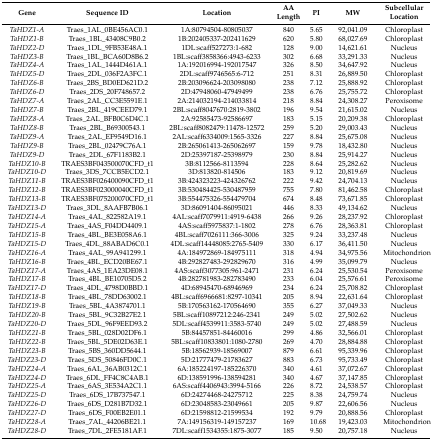
<table><thead><tr><td><b>Gene</b></td><td><b>Sequence ID</b></td><td><b>Location</b></td><td><b>AA Length</b></td><td><b>PI</b></td><td><b>MW</b></td><td><b>Subcellular Location</b></td></tr></thead><tbody><tr><td><i>TaHDZ1-A</i></td><td>Traes_1AL_0BE456AC0.1</td><td>1A:80794504-80805037</td><td>840</td><td>5.65</td><td>92,041.09</td><td>Chloroplast</td></tr><tr><td><i>TaHDZ1-B</i></td><td>Traes_1BL_43408C9B0.2</td><td>1B:202405337-202411629</td><td>620</td><td>5.80</td><td>68,027.69</td><td>Chloroplast</td></tr><tr><td><i>TaHDZ2-D</i></td><td>Traes_1DL_9FB53E48A.1</td><td>1DL:scaff527273:1-682</td><td>128</td><td>9.00</td><td>14,621.61</td><td>Nucleus</td></tr><tr><td><i>TaHDZ3-B</i></td><td>Traes_1BL_BCA60D8B6.2</td><td>1BL:scaff3858366:4943-6233</td><td>302</td><td>6.68</td><td>33,291.33</td><td>Nucleus</td></tr><tr><td><i>TaHDZ4-A</i></td><td>Traes_1AL_1444D461A.1</td><td>1A:192016994-192017547</td><td>326</td><td>8.50</td><td>34,647.92</td><td>Nucleus</td></tr><tr><td><i>TaHDZ5-D</i></td><td>Traes_2DL_036F2A3FC.1</td><td>2DL:scaff9746565:6-712</td><td>251</td><td>8.31</td><td>26,889.50</td><td>Chloroplast</td></tr><tr><td><i>TaHDZ6-B</i></td><td>Traes_2BS_BD0ED621D.2</td><td>2B:203096624-203098080</td><td>238</td><td>7.12</td><td>25,888.92</td><td>Chloroplast</td></tr><tr><td><i>TaHDZ6-D</i></td><td>Traes_2DS_20F748657.2</td><td>2D:47948060-47949499</td><td>238</td><td>6.76</td><td>25,755.72</td><td>Chloroplast</td></tr><tr><td><i>TaHDZ7-A</i></td><td>Traes_2AL_CC3E5591E.1</td><td>2A:214032194-214033814</td><td>218</td><td>8.84</td><td>24,308.27</td><td>Peroxisome</td></tr><tr><td><i>TaHDZ7-B</i></td><td>Traes_2BL_419CEED79.1</td><td>2BL:scaff8047670:2819-3802</td><td>196</td><td>9.54</td><td>21,615.02</td><td>Nucleus</td></tr><tr><td><i>TaHDZ8-A</i></td><td>Traes_2AL_BFB0C6D4C.1</td><td>2A:92585473-92586697</td><td>183</td><td>5.15</td><td>20,209.38</td><td>Chloroplast</td></tr><tr><td><i>TaHDZ8-B</i></td><td>Traes_2BL_B69300543.1</td><td>2BL:scaff8082479:11478-12572</td><td>259</td><td>5.20</td><td>29,003.43</td><td>Nucleus</td></tr><tr><td><i>TaHDZ9-A</i></td><td>Traes_2AL_EF9549D16.1</td><td>2AL:scaff6334009:1565-3326</td><td>227</td><td>8.84</td><td>25,675.08</td><td>Nucleus</td></tr><tr><td><i>TaHDZ9-B</i></td><td>Traes_2BL_02479C76A.1</td><td>2B:265061413-265062697</td><td>159</td><td>9.78</td><td>18,432.80</td><td>Nucleus</td></tr><tr><td><i>TaHDZ9-D</i></td><td>Traes_2DL_67F1183B2.1</td><td>2D:25397187-25398979</td><td>230</td><td>8.84</td><td>25,914.27</td><td>Nucleus</td></tr><tr><td><i>TaHDZ10-B</i></td><td>TRAES3BF043500070CFD_t1</td><td>3B:8112566-8113594</td><td>228</td><td>8.64</td><td>25,282.62</td><td>Nucleus</td></tr><tr><td><i>TaHDZ10-D</i></td><td>Traes_3DS_7CCB5ECD2.1</td><td>3D:813820-814506</td><td>183</td><td>9.12</td><td>20,819.69</td><td>Nucleus</td></tr><tr><td><i>TaHDZ11-B</i></td><td>TRAES3BF026400090CFD_t1</td><td>3B:424323223-424326762</td><td>222</td><td>9.42</td><td>24,704.13</td><td>Nucleus</td></tr><tr><td><i>TaHDZ12-B</i></td><td>TRAES3BF023000040CFD_t1</td><td>3B:530484425-530487959</td><td>755</td><td>7.80</td><td>81,462.58</td><td>Chloroplast</td></tr><tr><td><i>TaHDZ13-B</i></td><td>TRAES3BF075200070CFD_t1</td><td>3B:554475326-554479704</td><td>674</td><td>8.48</td><td>73,671.85</td><td>Chloroplast</td></tr><tr><td><i>TaHDZ13-D</i></td><td>Traes_3DL_8AAFB7B06.1</td><td>3D:86091404-86095021</td><td>446</td><td>8.33</td><td>49,134.62</td><td>Nucleus</td></tr><tr><td><i>TaHDZ14-A</i></td><td>Traes_4AL_822582A19.1</td><td>4AL:scaff7079911:4919-6438</td><td>266</td><td>9.26</td><td>28,237.92</td><td>Chloroplast</td></tr><tr><td><i>TaHDZ15-A</i></td><td>Traes_4AS_F04DD4409.1</td><td>4AS:scaff5975837:1-1802</td><td>278</td><td>6.76</td><td>28,363.81</td><td>Chloroplast</td></tr><tr><td><i>TaHDZ15-B</i></td><td>Traes_4BL_BE3E058A6.1</td><td>4BL:scaff7026111:366-3006</td><td>325</td><td>9.24</td><td>33,237.48</td><td>Nucleus</td></tr><tr><td><i>TaHDZ15-D</i></td><td>Traes_4DL_88ABAD6C0.1</td><td>4DL:scaff14448085:2765-5409</td><td>330</td><td>6.17</td><td>36,411.50</td><td>Nucleus</td></tr><tr><td><i>TaHDZ16-A</i></td><td>Traes_4AL_99A941299.1</td><td>4A:184972869-184975111</td><td>318</td><td>4.94</td><td>34,975.56</td><td>Mitochondrion</td></tr><tr><td><i>TaHDZ16-B</i></td><td>Traes_4BL_ECD20BE67.1</td><td>4B:292827483-292829670</td><td>316</td><td>4.99</td><td>35,099.79</td><td>Nucleus</td></tr><tr><td><i>TaHDZ17-A</i></td><td>Traes_4AS_1EA23DE08.1</td><td>4AS:scaff3077305:961-2471</td><td>231</td><td>6.24</td><td>25,530.54</td><td>Peroxisome</td></tr><tr><td><i>TaHDZ17-B</i></td><td>Traes_4BL_BE10705D5.2</td><td>4B:282781983-282783490</td><td>233</td><td>6.04</td><td>25,576.61</td><td>Peroxisome</td></tr><tr><td><i>TaHDZ17-D</i></td><td>Traes_4DL_4798D0BBD.1</td><td>4D:68945470-68946969</td><td>234</td><td>6.24</td><td>25,708.82</td><td>Chloroplast</td></tr><tr><td><i>TaHDZ18-B</i></td><td>Traes_4BL_78DD63002.1</td><td>4BL:scaff6966681:8297-10341</td><td>205</td><td>8.94</td><td>22,631.64</td><td>Chloroplast</td></tr><tr><td><i>TaHDZ19-B</i></td><td>Traes_5BL_4A3874701.1</td><td>5B:170563162-170564690</td><td>355</td><td>6.27</td><td>37,049.33</td><td>Nucleus</td></tr><tr><td><i>TaHDZ20-B</i></td><td>Traes_5BL_9C32B27E2.1</td><td>5BL:scaff10897212:246-2341</td><td>249</td><td>5.02</td><td>27,502.62</td><td>Nucleus</td></tr><tr><td><i>TaHDZ20-D</i></td><td>Traes_5DL_96F9EED93.2</td><td>5DL:scaff4539911:3583-5740</td><td>249</td><td>5.02</td><td>27,488.59</td><td>Nucleus</td></tr><tr><td><i>TaHDZ21-B</i></td><td>Traes_5BL_028D02DF6.1</td><td>5B:84457851-84460016</td><td>299</td><td>4.86</td><td>32,566.01</td><td>Chloroplast</td></tr><tr><td><i>TaHDZ22-B</i></td><td>Traes_5BL_5DE02D63E.1</td><td>5BL:scaff10833801:1080-2780</td><td>269</td><td>4.70</td><td>28,884.88</td><td>Chloroplast</td></tr><tr><td><i>TaHDZ23-B</i></td><td>Traes_5BS_360DD5644.1</td><td>5B:18562939-18569007</td><td>879</td><td>6.61</td><td>95,339.96</td><td>Chloroplast</td></tr><tr><td><i>TaHDZ23-D</i></td><td>Traes_5DS_50846FD0C.1</td><td>5D:21777479-21783627</td><td>883</td><td>6.73</td><td>95,733.49</td><td>Chloroplast</td></tr><tr><td><i>TaHDZ24-A</i></td><td>Traes_6AL_36AB0312C.1</td><td>6A:185224197-185226370</td><td>340</td><td>4.61</td><td>37,072.67</td><td>Chloroplast</td></tr><tr><td><i>TaHDZ24-D</i></td><td>Traes_6DL_FF4C8C4AB.1</td><td>6D:138591996-138594281</td><td>340</td><td>4.67</td><td>37,147.85</td><td>Chloroplast</td></tr><tr><td><i>TaHDZ25-A</i></td><td>Traes_6AS_3E534A2C1.1</td><td>6AS:scaff4406943:3994-5166</td><td>226</td><td>8.72</td><td>24,538.57</td><td>Chloroplast</td></tr><tr><td><i>TaHDZ25-D</i></td><td>Traes_6DS_17B737547.1</td><td>6D:24274468-24275712</td><td>225</td><td>8.38</td><td>24,759.74</td><td>Nucleus</td></tr><tr><td><i>TaHDZ26-D</i></td><td>Traes_6DS_D281B7D32.1</td><td>6D:23048583-23049661</td><td>205</td><td>9.87</td><td>22,606.56</td><td>Nucleus</td></tr><tr><td><i>TaHDZ27-D</i></td><td>Traes_6DS_F00EB2E01.1</td><td>6D:21598812-21599534</td><td>192</td><td>9.79</td><td>20,888.56</td><td>Chloroplast</td></tr><tr><td><i>TaHDZ28-A</i></td><td>Traes_7AL_44206BE21.1</td><td>7A:149156319-149157237</td><td>169</td><td>10.68</td><td>19,423.03</td><td>Mitochondrion</td></tr><tr><td><i>TaHDZ28-D</i></td><td>Traes_7DL_2FE5181AF.1</td><td>7DL:scaff1534355:1875-3077</td><td>185</td><td>9.50</td><td>20,757.18</td><td>Nucleus</td></tr></tbody></table>